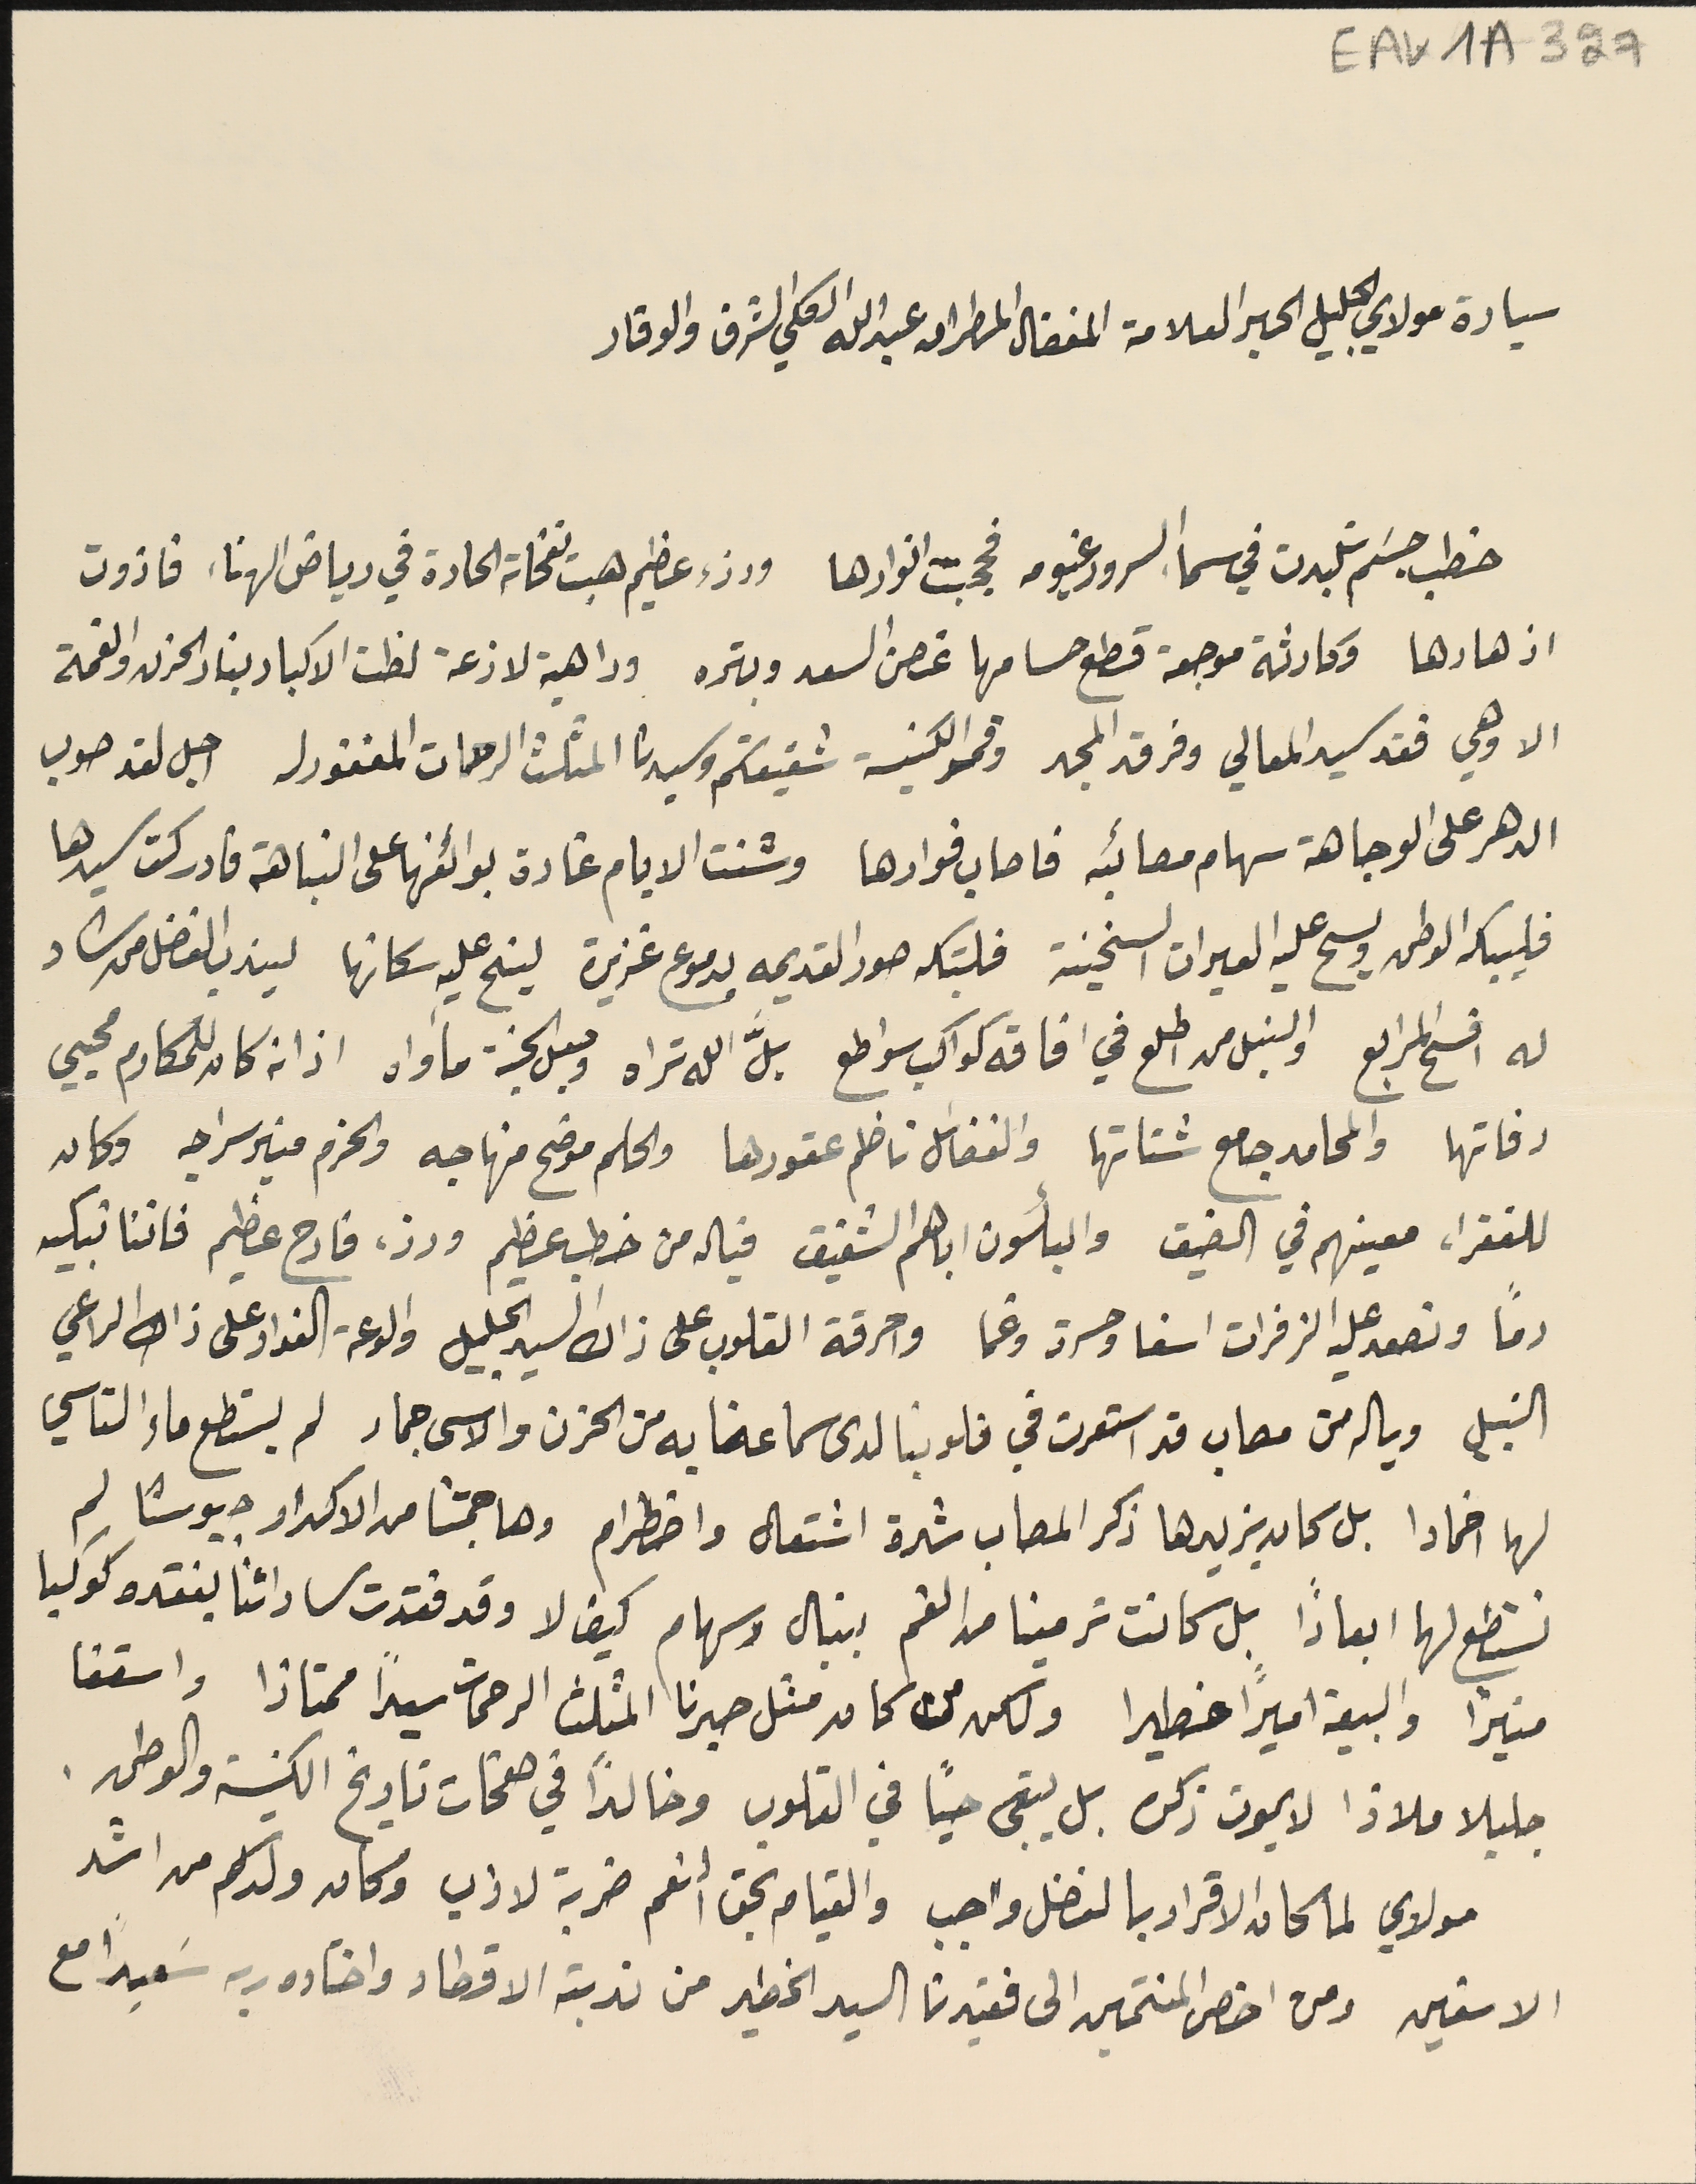
EAK1A- 327
 سيادة مولاي الجليل الحبر العلامة المفضال المطران عبدالله الكلي الشرف والوقار
خطب جسَم تلبدت في سمآ السرور غيومه فحجبت انوارها ورزء عظيم هبت نفحاته الحادة في رياض الهناء فاذوت
ازهارها وكارثة موجعة قطع حسامها غصن السعد وبتره وداهية لازعة لظت الاكباد بنار الحزن والغمة
الا وهي فقد سيد المعالي وفرق المجد وقمم الكنيسَة شفيعكم وسيدنا المثلث الرحمات المغفور له اجل لقد صوب
الدهر على الوجاهة سهام مصائبه فاصاب فوادها وشنت الايام غارة بوائنها على النباهة فادركت سيدها
فليبكه الوطن ويسح عليه العيرات السخينة فلتبكه صور القديمه بدموع غزيرة لينح عليه سكانها ليندب الفضل من شاد
له افسح المرابع والنبل من اطلع في افاقه كواكب سواطع بلَّ الله تراه وجعل الجنة مأواه اذ انه كان للمكارم محيي
رفاتها والمحامد جامع شتاتها والفضائل ناظلم عقودها والحكم موضح منهاجه والحزم منير سراجه وكان
للفقراء معينهم في الضيق والبأسون اباهم الشقيق فيا له من خطب عظيم ورزء فادح عظيم فاننا نبكيه
دما وتصعد عليه الزفرات اسفا وحسرة وغما واحرقة القلوب على ذاك السَيد الجليل والوعة الفواد على ذك الراعي
النبيل ويا له من مصاب قد استعرت في قلوبنا لدى سماعنا به من الحزن والاسى جماد لم يسطع ماءَ التاسي
لها اخمادا بل كان يزيدها ذكر المصاب شدة اشتعال واضطرام وهاجمتنا من الاكدار جيوشا لم
نستطع لها ابعادًا بل كانت ترمينا من القم بنبال وسهام كيف لا وقد فقدت ساداتنا بفقده كوكبا
منيراً والبيعة اميراً خطيرا ولكن من كان مثل حبرنا المثلث الرحمات سيداً ممتازا واسقفا
 جليلا ملاذا لا يموت ذكره بل يبقى حيًا في القلوب وخالداً في صفحات تاريخ الكنيسَة والوطن.
 مولاي لما كان الاقرار بالفضل واجب والقيامه بحق النعم ضربة لاذب وكان ولدكم من اشد
 الاسفين ومن اخص المنتمين الى فقيدنا السيد الخطير من ندبته الاقطار واختاره ربه سَعيدًا مع